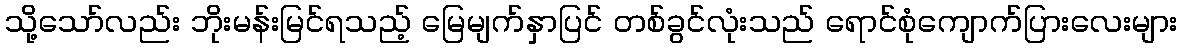
သို့သော်လည်း ဘိုးမန်းမြင်ရသည့် မြေမျက်နှာပြင် တစ်ခွင်လုံးသည် ရောင်စုံကျောက်ပြားလေးများ